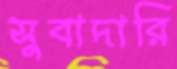
সুবাদারি